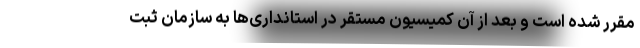
مقرر شده است و بعد از آن کمیسیون مستقر در استانداری‌ها به سازمان ثبت